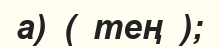
a)  (  тең  );